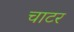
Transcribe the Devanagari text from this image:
चाटर